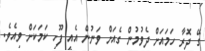
ގޭ ދޮރާ ހަމައަށް ދެވުމުން ގެއަށް ވަނުން އެއީ ފޫހި ކަމަކަށް ވިއެވެ.